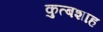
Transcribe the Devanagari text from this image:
कुत्बशाह